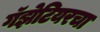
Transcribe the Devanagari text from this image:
गॅझेटियरचा